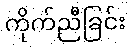
ကိုက်ညီခြင်း